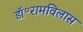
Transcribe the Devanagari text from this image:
डॉ॰रामविलास